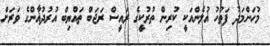
މުހަންމަދު ފަތުހު ޣުލެންއަކީ ކުރިން ތުރުކީގެ ރައީސް ރަޖަބް ތައްޔިބް އުރުދުޣާންގެ ވަރަށް